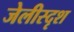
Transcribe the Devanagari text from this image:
जेलीस्दृश